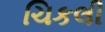
ચિકલી